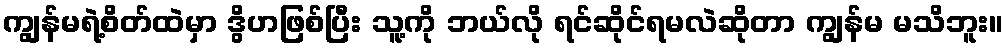
ကျွန်မရဲ့စိတ်ထဲမှာ ဒွိဟဖြစ်ပြီး သူ့ကို ဘယ်လို ရင်ဆိုင်ရမလဲဆိုတာ ကျွန်မ မသိဘူး။